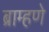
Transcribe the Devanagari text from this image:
ब्राम्हणे